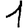
Digit: 1